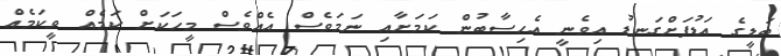
ބަޑީގެ އަޑުފަށްގަނޑު އިވެނީ އެހިސާބުން ކަމަށާއި ނަމަވެސް އެއްވެސް މީހަކަށް ކަމެއް ވީކަމެއް